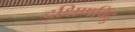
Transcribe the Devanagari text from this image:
दक्षिणबिंदु